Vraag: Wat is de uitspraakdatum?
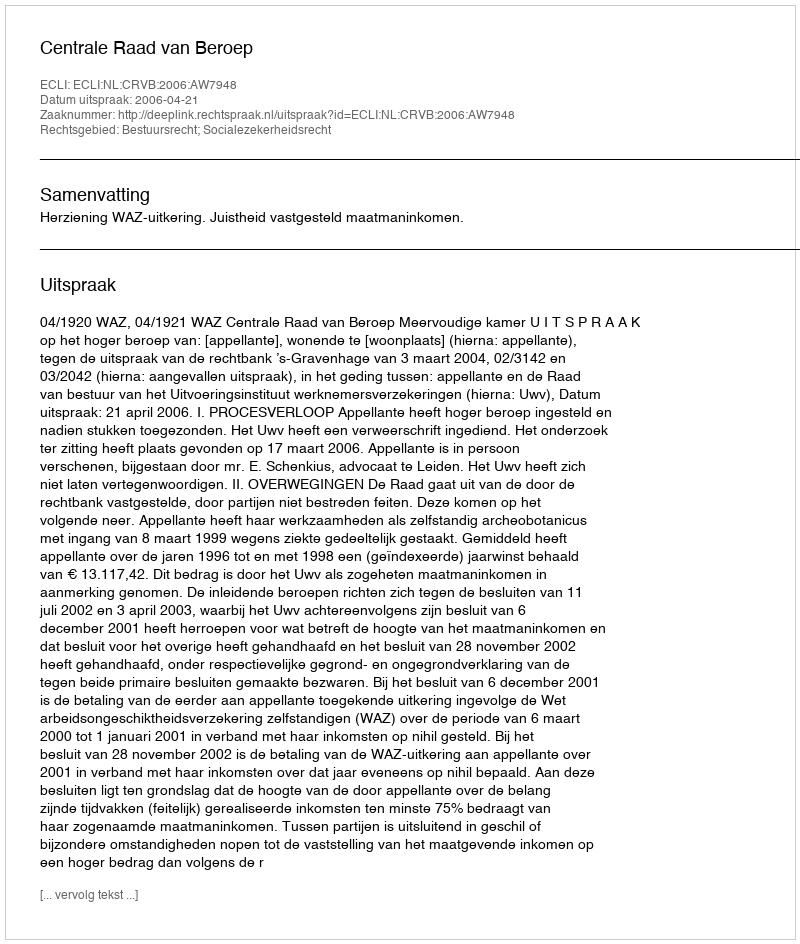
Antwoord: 2006-04-21